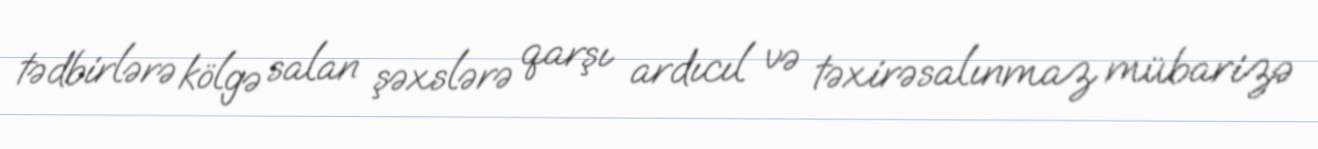
tədbirlərə kölgə salan şəxslərə qarşı ardıcıl və təxirəsalınmaz mübarizə